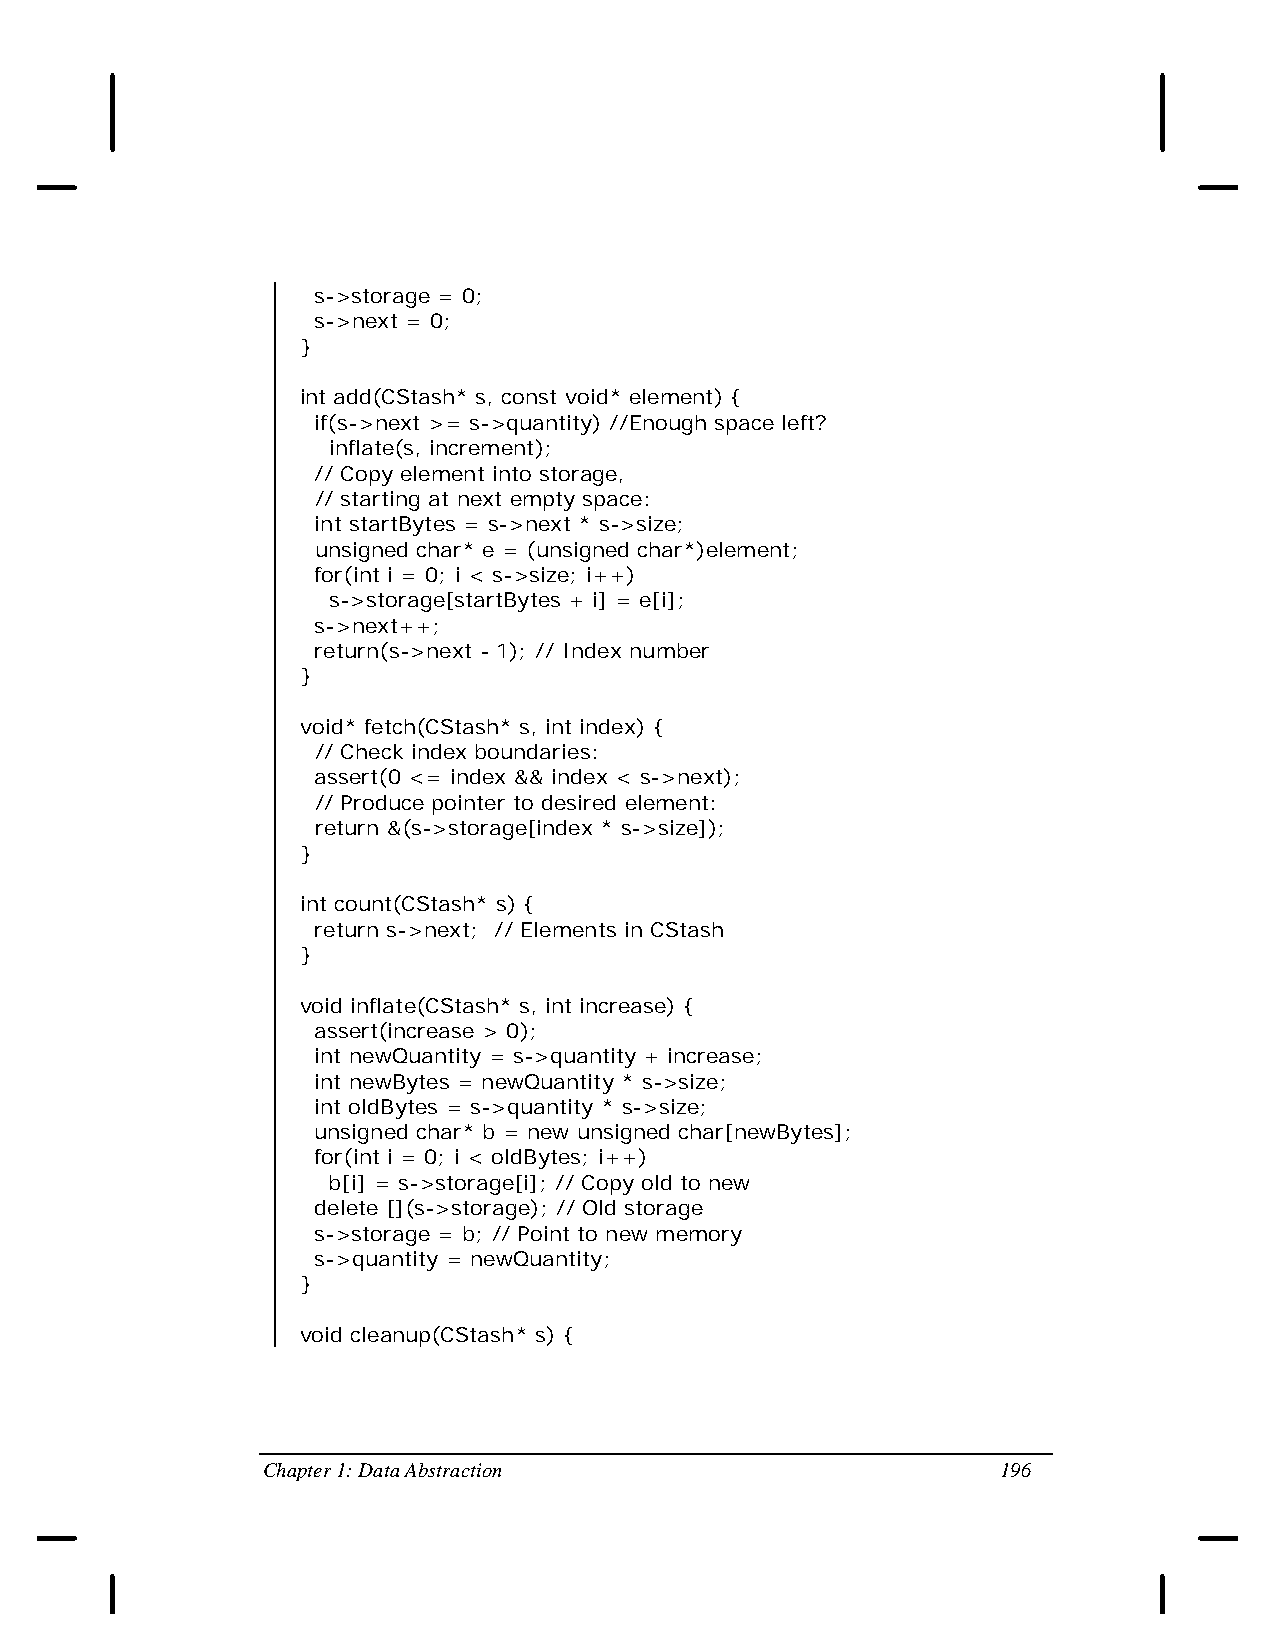
s->storage = 0;
 s->next = 0;
 }
 int add(CStash* s, const void* element) {
 if(s->next >= s->quantity) //Enough space left?
 inflate(s, increment);
 // Copy element into storage,
 // starting at next empty space:
 int startBytes = s->next * s->size;
 unsigned char* e = (unsigned char*)element;
 for(int i = 0; i < s->size; i++)
 s->storage[startBytes + i] = e[i];
 s->next++;
 return(s->next - 1); // Index number
 }
 void* fetch(CStash* s, int index) {
 // Check index boundaries:
 assert(0 <= index && index < s->next);
 // Produce pointer to desired element:
 return &(s->storage[index * s->size]);
 }
 int count(CStash* s) {
 return s->next; // Elements in CStash
 }
 void inflate(CStash* s, int increase) {
 assert(increase > 0);
 int newQuantity = s->quantity + increase;
 int newBytes = newQuantity * s->size;
 int oldBytes = s->quantity * s->size;
 unsigned char* b = new unsigned char[newBytes];
 for(int i = 0; i < oldBytes; i++)
 b[i] = s->storage[i]; // Copy old to new
 delete [](s->storage); // Old storage
 s->storage = b; // Point to new memory
 s->quantity = newQuantity;
 }
 void cleanup(CStash* s) {
 Chapter 1: Data Abstraction                      196